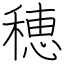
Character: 穂